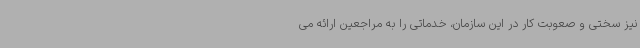
نیز سختی و صعوبت کار در این سازمان، خدماتی را به مراجعین ارائه می